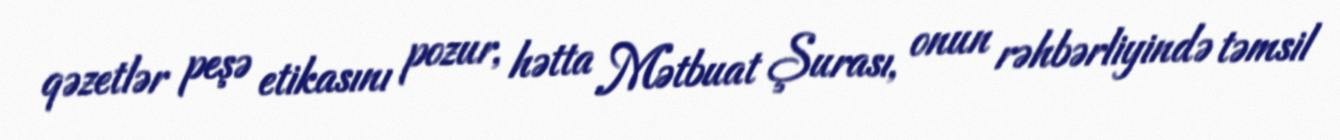
qəzetlər peşə etikasını pozur, hətta Mətbuat Şurası, onun rəhbərliyində təmsil